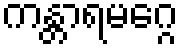
ကန္တာရမဂ္ဂေ